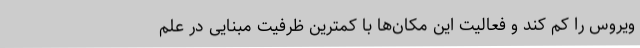
ویروس را کم کند و فعالیت این مکان‌ها با کمترین ظرفیت مبنایی در علم